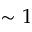
\sim 1